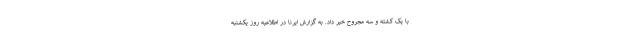
با یک کشته و سه مجروح خبر داد. به گزارش ایرنا در اطلاعیه روز یکشنبه